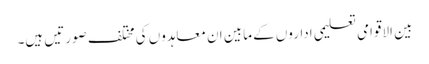
بین الاقوامی تعلیمی اداروں کے مابین ان معاہدوں کی مختلف صورتیں ہیں۔